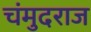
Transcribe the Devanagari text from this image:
चंमुदराज